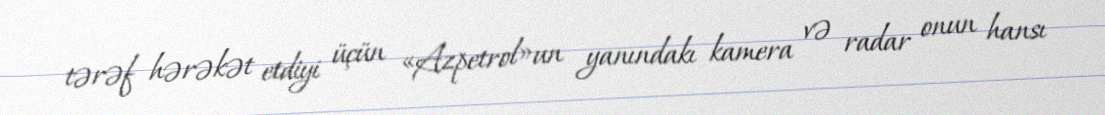
tərəf hərəkət etdiyi üçün «Azpetrol»un yanındakı kamera və radar onun hansı